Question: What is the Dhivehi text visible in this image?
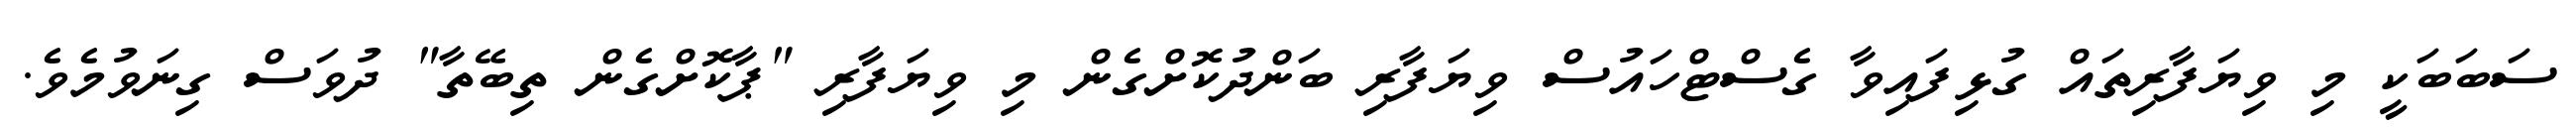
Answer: ސަބަބަކީ މި ވިޔަފާރިތައް ގުޅިފައިވާ ގެސްޓްހައުސް ވިޔަފާރި ބަންދުކޮށްގެން މި ވިޔަފާރި "ޕާކޮށްގެން ތިބޭތާ" ދުވަސް ގިނަވުމެވެ.